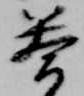
答